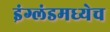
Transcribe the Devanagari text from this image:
इंग्लंडमध्येच